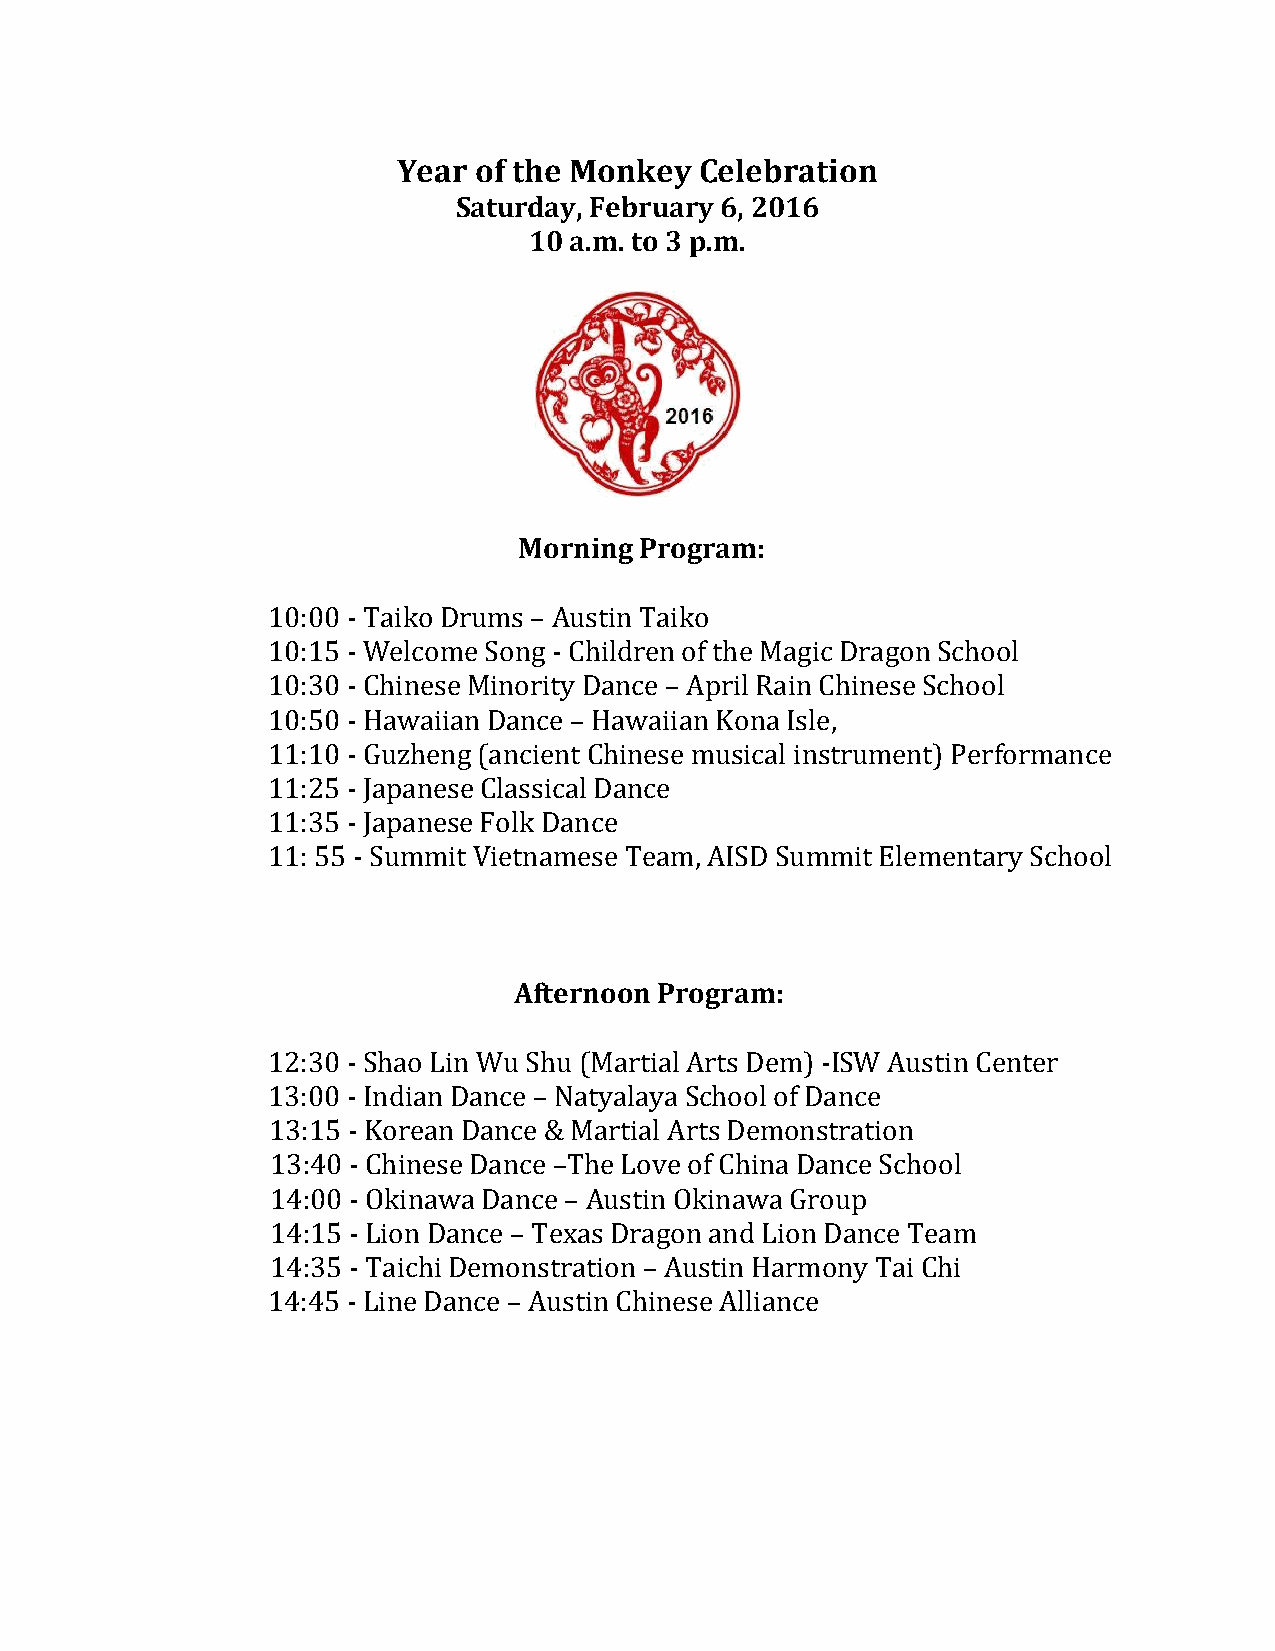
Year of the Monkey  Celebration
 Saturday, February 6, 2016
 10 a.m. to 3 p.m.
 Morning Program:
 10:00 - Taiko Drums – Austin Taiko
 10:15 - Welcome Song - Children of the Magic Dragon School
 10:30 - Chinese Minority Dance – April Rain Chinese School
 10:50 - Hawaiian Dance – Hawaiian Kona Isle,
 11:10 - Guzheng (ancient Chinese musical instrument) Performance
 11:25 - Japanese Classical Dance
 11:35 - Japanese Folk Dance
 11: 55 - Summit Vietnamese Team, AISD Summit Elementary School
 Afternoon Program:
 12:30 - Shao Lin Wu Shu (Martial Arts Dem) -ISW Austin Center
 13:00 - Indian Dance – Natyalaya School of Dance
 13:15 - Korean Dance & Martial Arts Demonstration
 13:40 - Chinese Dance –The Love of China Dance School
 14:00 - Okinawa Dance – Austin Okinawa Group
 14:15 - Lion Dance – Texas Dragon and Lion Dance Team
 14:35 - Taichi Demonstration – Austin Harmony Tai Chi
 14:45 - Line Dance – Austin Chinese Alliance